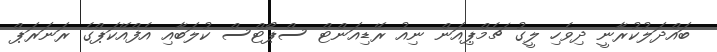
ބައްދަލުކުރާނީ ދިވެހި ލީގު ޗެމްޕިއަން ނިއު ރޭޑިއަންޓް ސްޕޯޓްސް ކުލަބާއި އެފްއޭކަޕްގެ ރަނަރަޕް